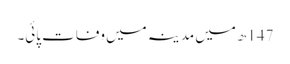
147ھ میں مدینہ میں وفات پائی۔